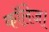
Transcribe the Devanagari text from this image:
कॉलेज।